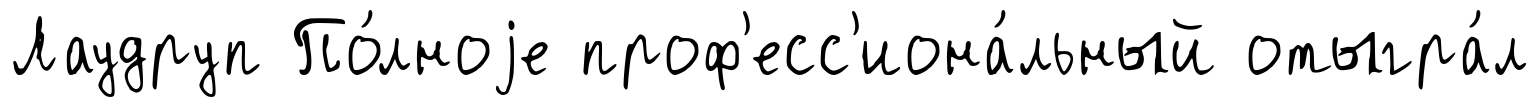
Лаудруп По́лноjе проф'есс'иона́льный отыгра́л